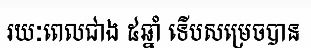
រយៈពេលជាង ៥ឆ្នាំ ទើបសម្រេចបាន